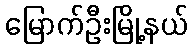
မြောက်ဦးမြို့နယ်